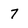
Character: 7